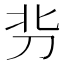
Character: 𰄣